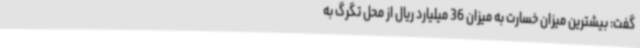
گفت: بیشترین میزان خسارت به میزان 36 میلیارد ریال از محل تگرگ به